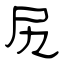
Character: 尻